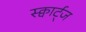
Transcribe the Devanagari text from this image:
स्क्वार्ट्ज